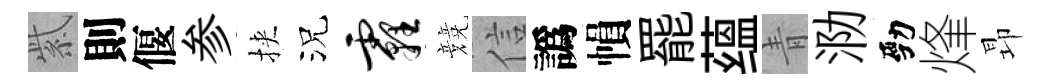
紫則偃参挾況霾競信譌𢄙罷蕴青泐勁烽昻